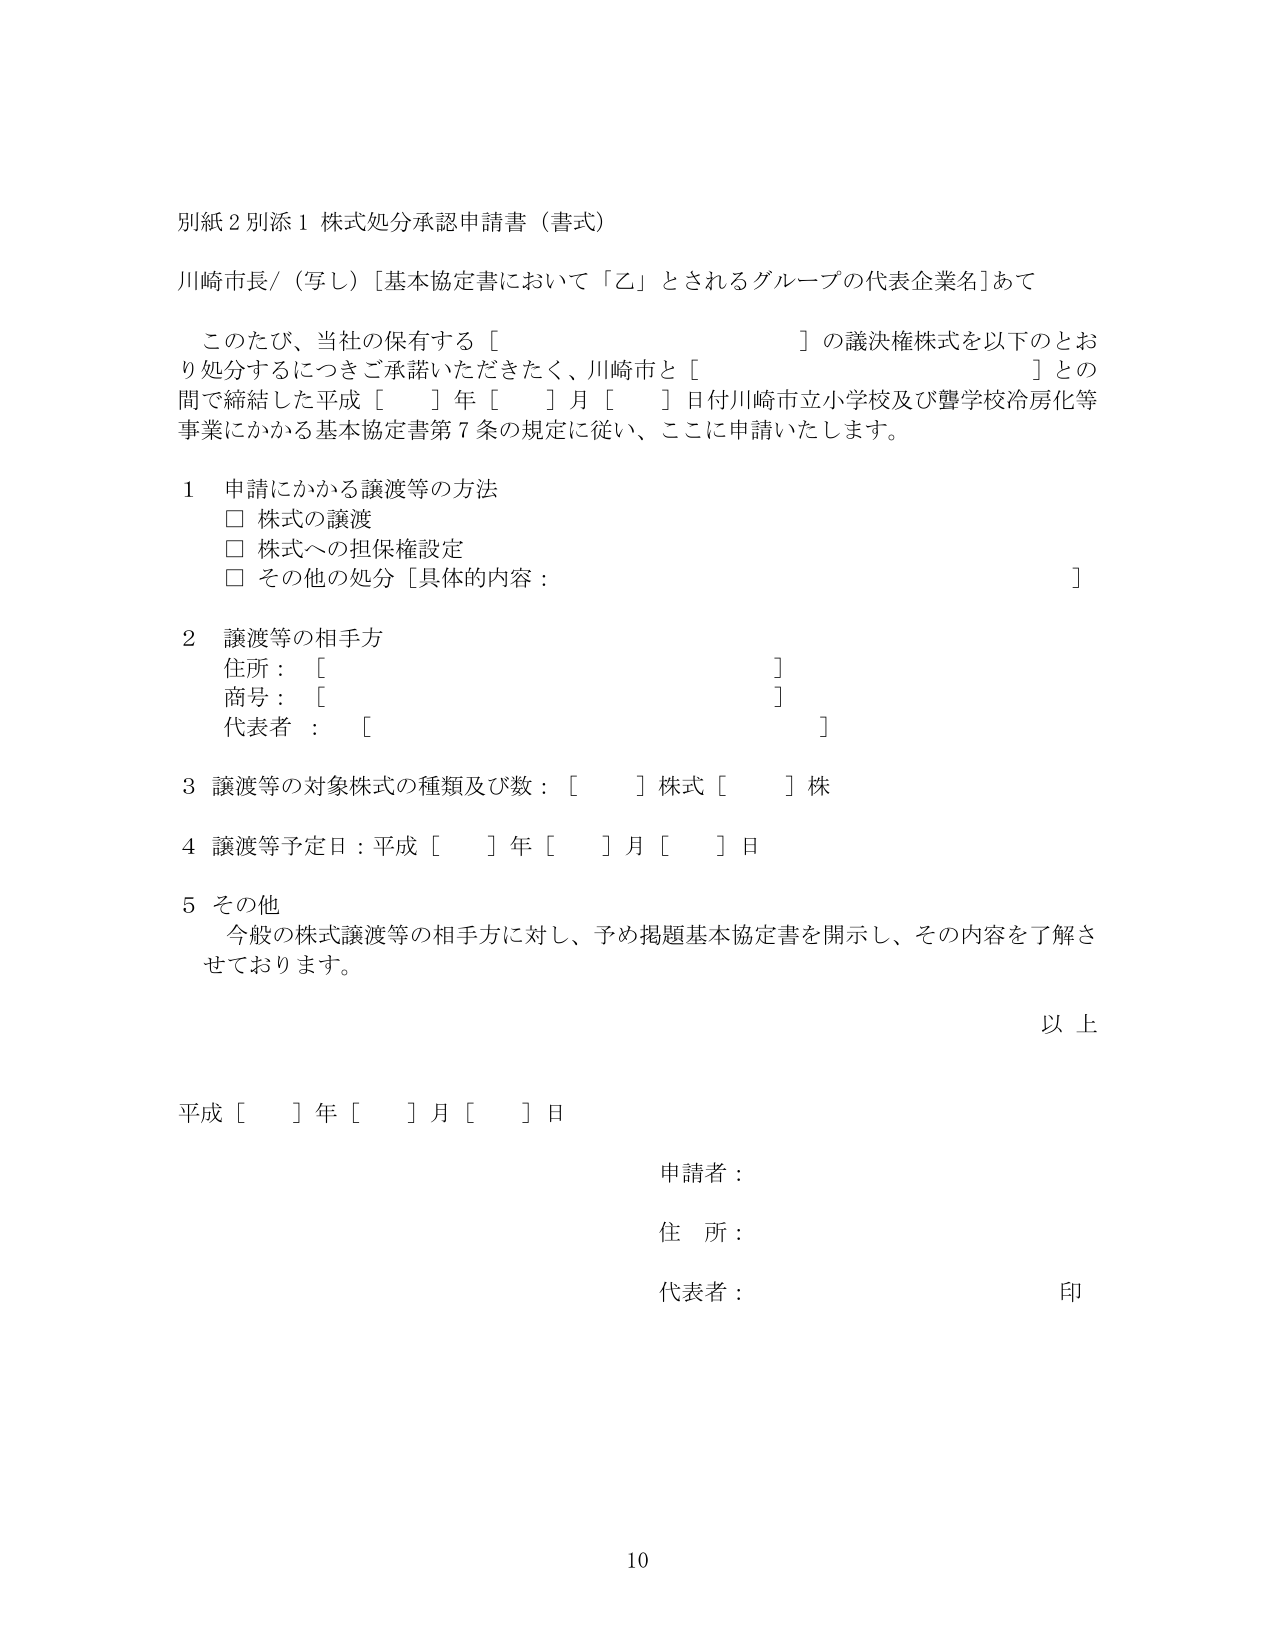
別紙２別添１ 株式処分承認申請書（書式）

川崎市長／（写し）［基本協定書において「乙」とされるグループの代表企業名］あて

　このたび、当社の保有する［